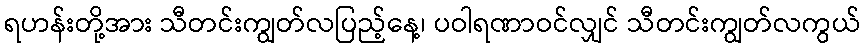
ရဟန်းတို့အား သီတင်းကျွတ်လပြည့်နေ့၊ ပဝါရဏာဝင်လျှင် သီတင်းကျွတ်လကွယ်